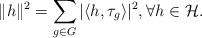
LaTeX: \begin{align*}\|h\|^2 = \sum_{g \in G} |\langle h, \tau_g\rangle|^2, \forall h \in \mathcal{H}.\end{align*}